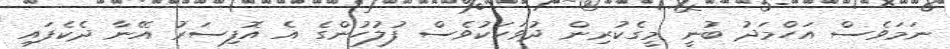
ނަމަވެސް އަހްމަދު ބުނީ މީގެކުރިން ދުވަހަކުވެސް ފުލުހުންގެ އެ އޮފިސަރު އޭނާ ދެކެފައި